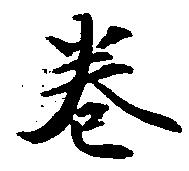
巻